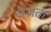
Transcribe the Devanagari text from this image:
ज्जता